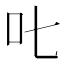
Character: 𠮟